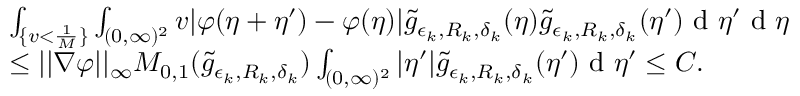
\begin{array} { r l } & { \int _ { \{ v < \frac { 1 } { M } \} } \int _ { ( 0 , \infty ) ^ { 2 } } v | \varphi ( \eta + \eta ^ { \prime } ) - \varphi ( \eta ) | \tilde { g } _ { \epsilon _ { k } , R _ { k } , \delta _ { k } } ( \eta ) \tilde { g } _ { \epsilon _ { k } , R _ { k } , \delta _ { k } } ( \eta ^ { \prime } ) \textup { d } \eta ^ { \prime } \textup { d } \eta } \\ & { \leq | | \nabla { \varphi } | | _ { \infty } M _ { 0 , 1 } ( \tilde { g } _ { \epsilon _ { k } , R _ { k } , \delta _ { k } } ) \int _ { ( 0 , \infty ) ^ { 2 } } | \eta ^ { \prime } | \tilde { g } _ { \epsilon _ { k } , R _ { k } , \delta _ { k } } ( \eta ^ { \prime } ) \textup { d } \eta ^ { \prime } \leq C . } \end{array}